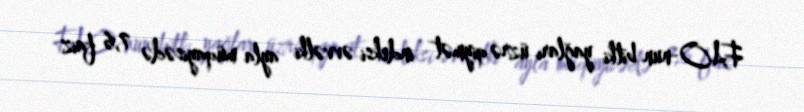
FAO-nun bitki yağları üzrə qiymət indeksi əvvəlki ayla müqayisədə 7,6 faiz